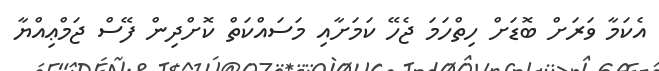
އެކަމާ ވަރަށް ބޮޑަށް ހިތްހަމަ ޖެހޭ ކަމަށާއި މަސައްކަތް ކޮށްދިން ފޭސް ޖަމްޢިއްޔާ